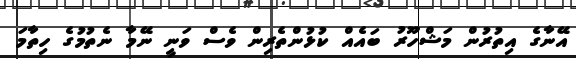
އޭނާގެ އިތުރުން މަޝްހޫރު ބައެއް ކުޅުންތެރިން ވެސް ވަނީ ނޭމާ ނެތުމުގެ ހިތާމަ